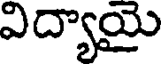
విద్యాయై